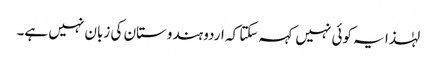
لہٰذا یہ کوئی نہیں کہہ سکتا کہ اردو ہندوستان کی زبان نہیں ہے۔